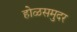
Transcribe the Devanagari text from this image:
होळसमुदर